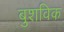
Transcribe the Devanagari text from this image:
बुशविक